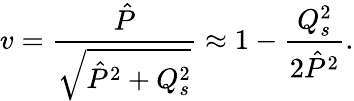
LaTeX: v={\frac{\hat{P}}{\sqrt{\hat{P}^{2}+Q_{s}^{2}}}}\approx 1-{\frac{Q_{s}^{2}}{2\hat{P}^{2}}}.